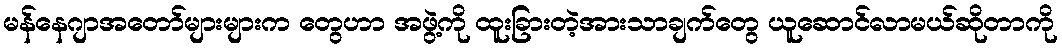
မန်နေဂျာအတော်များများက တွေဟာ အဖွဲ့ကို ထူးခြားတဲ့အားသာချက်တွေ ယူဆောင်လာမယ်ဆိုတာကို